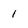
Character: 1